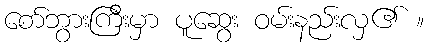
စော်ဘွားကြီးမှာ ပူဆွေး ဝမ်းနည်းလှ၏ ။